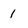
Character: 1